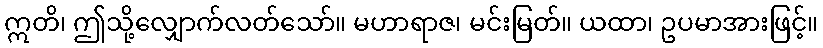
ဣတိ၊ ဤသို့လျှောက်လတ်သော်။ မဟာရာဇ၊ မင်းမြတ်။ ယထာ၊ ဥပမာအားဖြင့်။